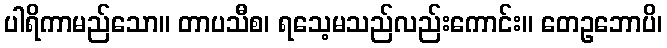
ပါရိကာမည်သော။ တာပသီစ၊ ရသေ့မသည်လည်းကောင်း။ တေဥဘောပိ၊